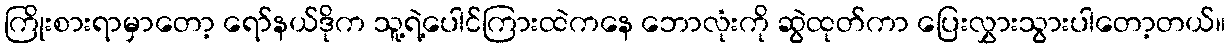
ကြိုးစားရာမှာတော့ ရော်နယ်ဒိုက သူ့ရဲ့ပေါင်ကြားထဲကနေ ဘောလုံးကို ဆွဲထုတ်ကာ ပြေးလွှားသွားပါတော့တယ်။